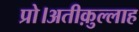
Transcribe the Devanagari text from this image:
प्रो।अतीक़ुल्लाह